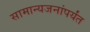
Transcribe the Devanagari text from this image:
सामान्यजनांपर्यंत